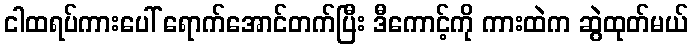
ငါထရပ်ကားပေါ် ရောက်အောင်တက်ပြီး ဒီကောင့်ကို ကားထဲက ဆွဲထုတ်မယ်